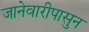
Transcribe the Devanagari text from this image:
जानेवारीपासुन